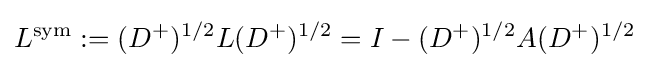
L^{\text{sym}}:=(D^{+})^{1/2}L(D^{+})^{1/2}=I-(D^{+})^{1/2}A(D^{+})^{1/2}